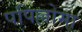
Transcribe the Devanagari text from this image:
पपिल्लोमा